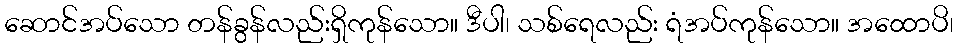
ဆောင်အပ်သော တန်ခွန်လည်းရှိကုန်သော။ ဒီပါ၊ သစ်ရေလည်း ရံအပ်ကုန်သော။ အထောပိ၊